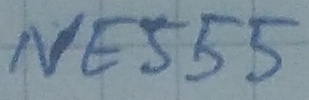
Text: NE555